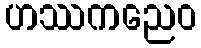
ဟဿကညေဝ